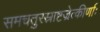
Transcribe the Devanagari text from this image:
समचतुरस्राष्टज्रेत्कीर्णाः